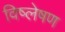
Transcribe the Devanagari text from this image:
विष्‍लेषण